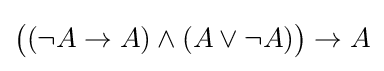
{\big (}(\neg A\to A)\land (A\lor \neg A){\big )}\to A